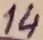
Text: 14